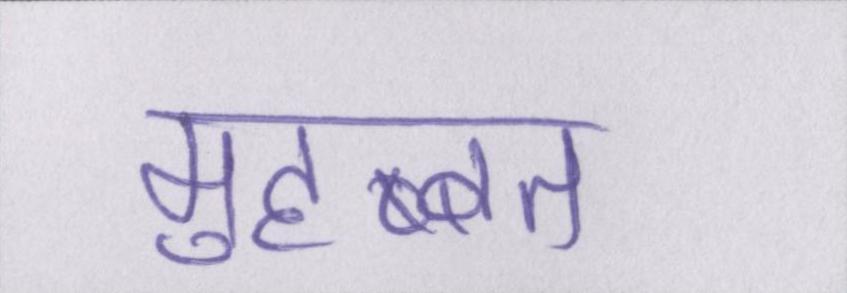
मुहब्बत